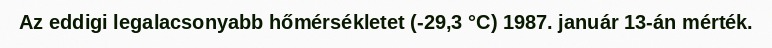
Az eddigi legalacsonyabb hőmérsékletet (-29,3 °C) 1987. január 13-án mérték.